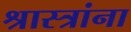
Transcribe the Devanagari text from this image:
श्रास्त्रांना